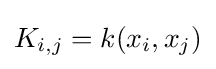
{\textstyle K_{i,j}=k(x_{i},x_{j})}